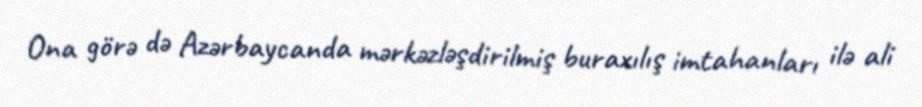
Ona görə də Azərbaycanda mərkəzləşdirilmiş buraxılış imtahanları ilə ali